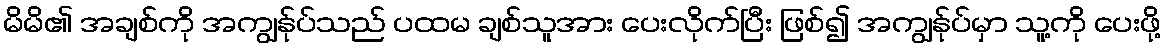
မိမိ၏ အချစ်ကို အကျွန်ုပ်သည် ပထမ ချစ်သူအား ပေးလိုက်ပြီး ဖြစ်၍ အကျွန်ုပ်မှာ သူ့ကို ပေးဖို့